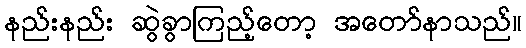
နည်းနည်း ဆွဲခွာကြည့်တော့ အတော်နာသည်။